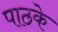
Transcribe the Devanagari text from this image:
पाठके